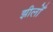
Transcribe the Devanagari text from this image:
झीलोँ